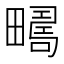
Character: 𰣚